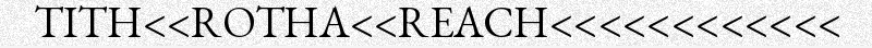
TITH<<ROTHA<<REACH<<<<<<<<<<<<